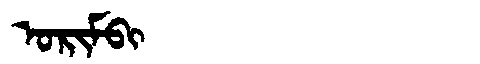
Manchu: ᠣᡵᡳᠮᠪᡳ
Romanization: ORIMBI